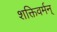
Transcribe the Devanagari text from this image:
शक्तिवर्मन्‌